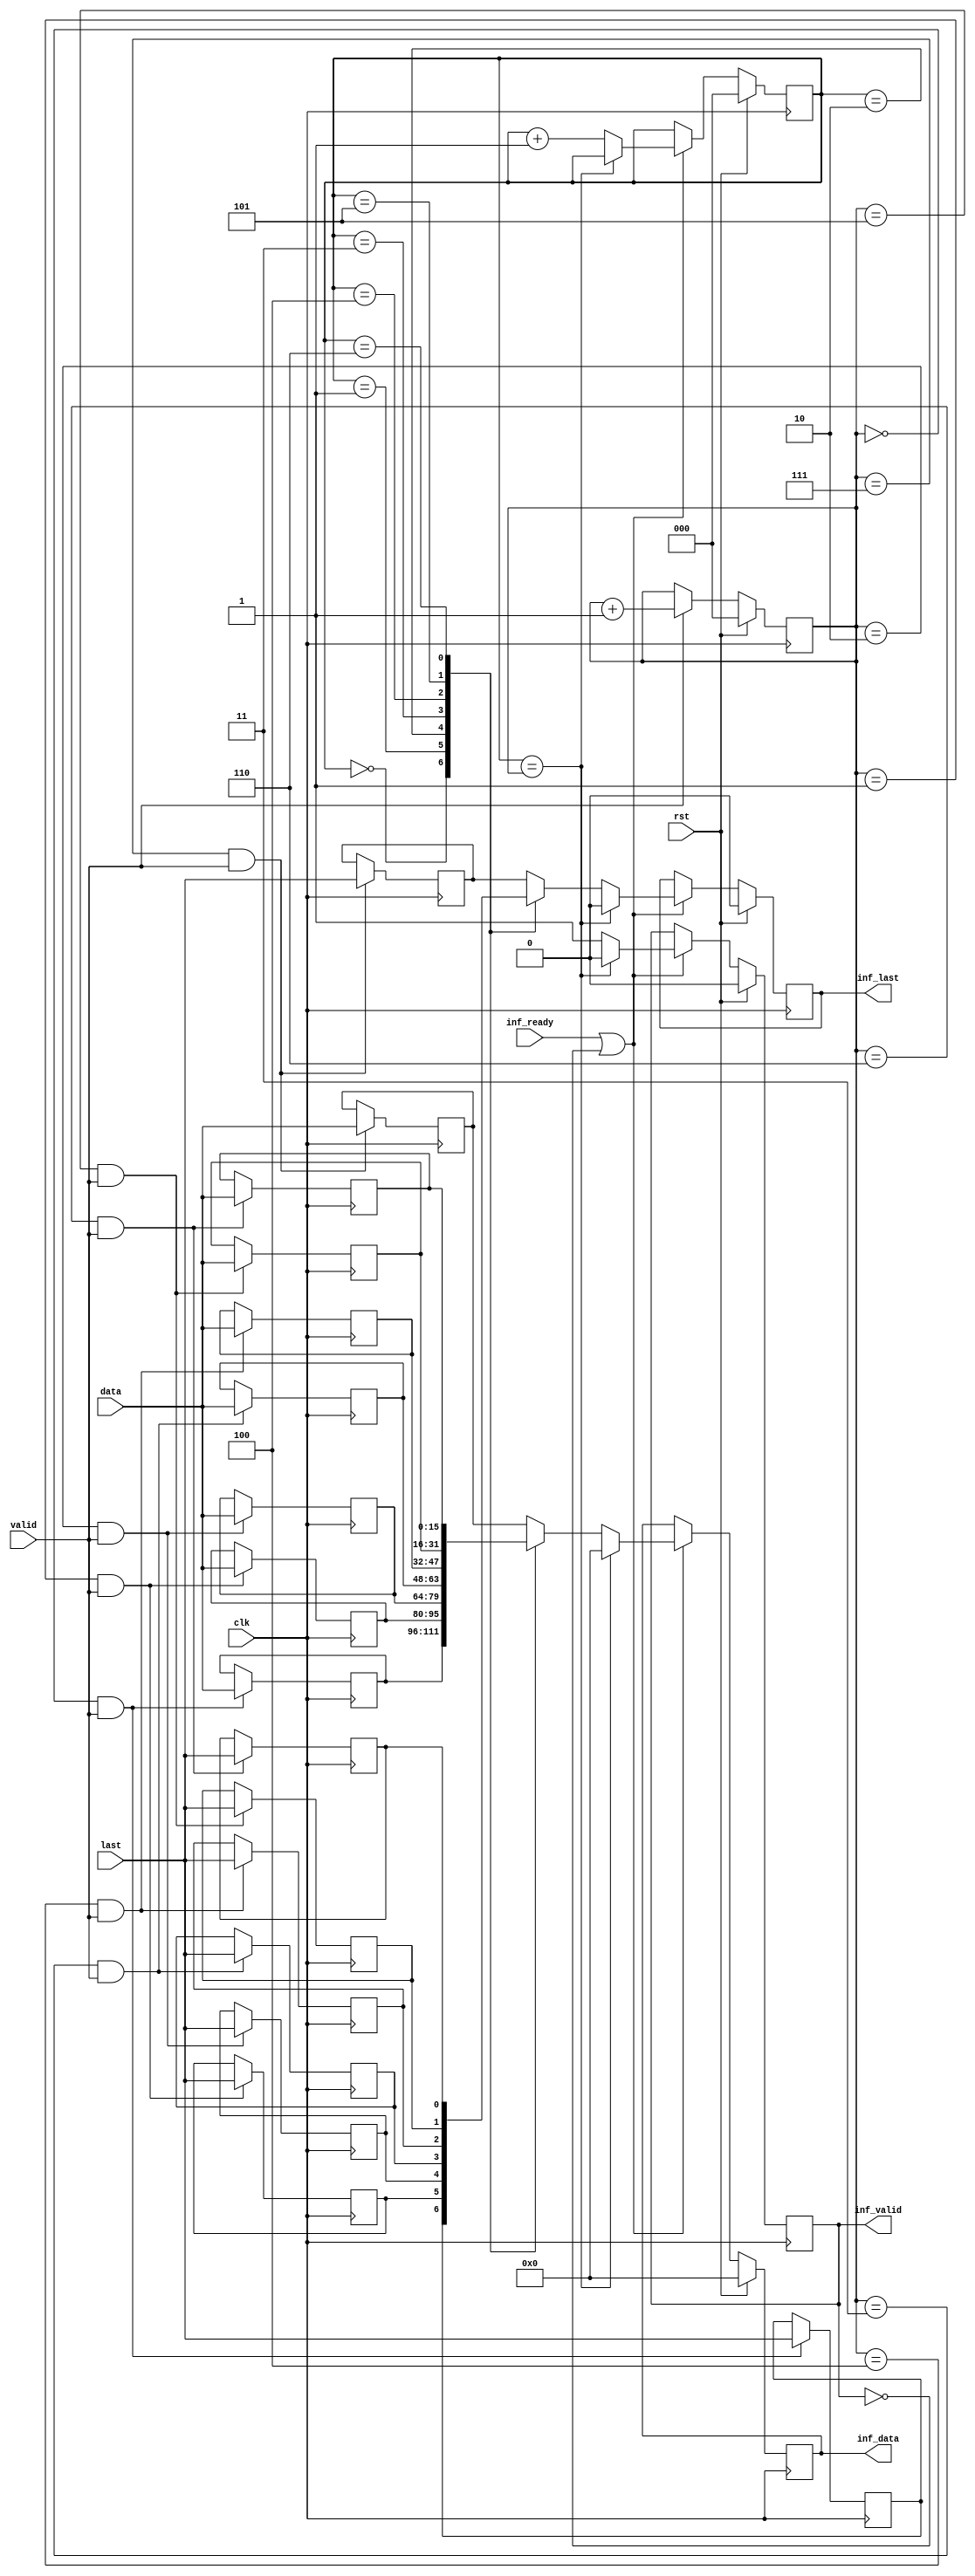
module axis_inf (
  clk,
  rst,
  valid,
  last,
  data,
  inf_valid,
  inf_last,
  inf_data,
  inf_ready);
  parameter   DATA_WIDTH = 16;
  localparam  DW = DATA_WIDTH - 1;
  input           clk;
  input           rst;
  input           valid;
  input           last;
  input   [DW:0]  data;
  output          inf_valid;
  output          inf_last;
  output  [DW:0]  inf_data;
  input           inf_ready;
  reg     [ 2:0]  wcnt = 'd0;
  reg             wlast_0 = 'd0;
  reg     [DW:0]  wdata_0 = 'd0;
  reg             wlast_1 = 'd0;
  reg     [DW:0]  wdata_1 = 'd0;
  reg             wlast_2 = 'd0;
  reg     [DW:0]  wdata_2 = 'd0;
  reg             wlast_3 = 'd0;
  reg     [DW:0]  wdata_3 = 'd0;
  reg             wlast_4 = 'd0;
  reg     [DW:0]  wdata_4 = 'd0;
  reg             wlast_5 = 'd0;
  reg     [DW:0]  wdata_5 = 'd0;
  reg             wlast_6 = 'd0;
  reg     [DW:0]  wdata_6 = 'd0;
  reg             wlast_7 = 'd0;
  reg     [DW:0]  wdata_7 = 'd0;
  reg     [ 2:0]  rcnt = 'd0;
  reg             inf_valid = 'd0;
  reg             inf_last = 'd0;
  reg     [DW:0]  inf_data = 'd0;
  always @(posedge clk) begin
    if (rst == 1'b1) begin
      wcnt <= 'd0;
    end else if (valid == 1'b1) begin
      wcnt <= wcnt + 1'b1;
    end
    if ((wcnt == 3'd0) && (valid == 1'b1)) begin
      wlast_0 <= last;
      wdata_0 <= data;
    end
    if ((wcnt == 3'd1) && (valid == 1'b1)) begin
      wlast_1 <= last;
      wdata_1 <= data;
    end
    if ((wcnt == 3'd2) && (valid == 1'b1)) begin
      wlast_2 <= last;
      wdata_2 <= data;
    end
    if ((wcnt == 3'd3) && (valid == 1'b1)) begin
      wlast_3 <= last;
      wdata_3 <= data;
    end
    if ((wcnt == 3'd4) && (valid == 1'b1)) begin
      wlast_4 <= last;
      wdata_4 <= data;
    end
    if ((wcnt == 3'd5) && (valid == 1'b1)) begin
      wlast_5 <= last;
      wdata_5 <= data;
    end
    if ((wcnt == 3'd6) && (valid == 1'b1)) begin
      wlast_6 <= last;
      wdata_6 <= data;
    end
    if ((wcnt == 3'd7) && (valid == 1'b1)) begin
      wlast_7 <= last;
      wdata_7 <= data;
    end
  end
  always @(posedge clk) begin
    if (rst == 1'b1) begin
      rcnt <= 'd0;
      inf_valid <= 'd0;
      inf_last <= 'b0;
      inf_data <= 'd0;
    end else if ((inf_ready == 1'b1) || (inf_valid == 1'b0)) begin
      if (rcnt == wcnt) begin
        rcnt <= rcnt;
        inf_valid <= 1'd0;
        inf_last <= 1'b0;
        inf_data <= 'd0;
      end else begin
        rcnt <= rcnt + 1'b1;
        inf_valid <= 1'b1;
        case (rcnt)
          3'd0: begin
            inf_last <= wlast_0;
            inf_data <= wdata_0;
          end
          3'd1: begin
            inf_last <= wlast_1;
            inf_data <= wdata_1;
          end
          3'd2: begin
            inf_last <= wlast_2;
            inf_data <= wdata_2;
          end
          3'd3: begin
            inf_last <= wlast_3;
            inf_data <= wdata_3;
          end
          3'd4: begin
            inf_last <= wlast_4;
            inf_data <= wdata_4;
          end
          3'd5: begin
            inf_last <= wlast_5;
            inf_data <= wdata_5;
          end
          3'd6: begin
            inf_last <= wlast_6;
            inf_data <= wdata_6;
          end
          default: begin
            inf_last <= wlast_7;
            inf_data <= wdata_7;
          end
        endcase
      end
    end
  end
endmodule